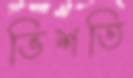
ভিশতি